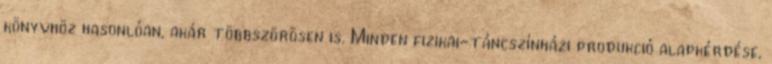
könyvhöz hasonlóan, akár többszörösen is. Minden fizikai-táncszínházi produkció alapkérdése,